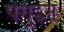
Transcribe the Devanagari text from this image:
पेगुइन